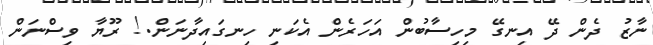
ނާޒު ދެން ދޭ އިނގޭ މިހިސާބުން އަހަރެން އެކަނި ހިނގައިދާނަން.! ރޫޔާ ވިސްނަން